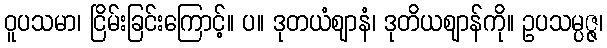
ဝူပသမာ၊ ငြိမ်းခြင်းကြောင့်။ ပ။ ဒုတယံဈာနံ၊ ဒုတိယဈာန်ကို။ ဥပသမ္ပဇ္ဇ၊